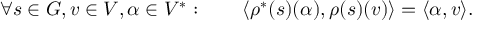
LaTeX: \forall s \in G , v \in V , \alpha \in V ^ { * } : \qquad \langle \rho ^ { * } ( s ) ( \alpha ) , \rho ( s ) ( v ) \rangle = \langle \alpha , v \rangle .